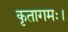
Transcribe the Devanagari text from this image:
कृतागमः।